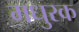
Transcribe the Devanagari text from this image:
मधुरक